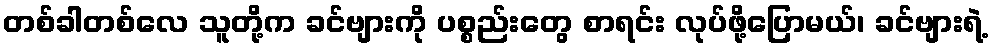
တစ်ခါတစ်လေ သူတို့က ခင်ဗျားကို ပစ္စည်းတွေ စာရင်း လုပ်ဖို့ပြောမယ်၊ ခင်ဗျားရဲ့